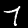
Label: 7